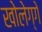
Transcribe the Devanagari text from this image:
खोलेग्गे